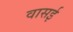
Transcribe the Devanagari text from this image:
वासई